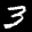
Label: 3